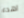
اهدء